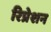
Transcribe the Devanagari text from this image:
रिप्रेशन